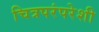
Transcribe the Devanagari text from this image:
चित्रपरंपरेशी